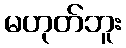
မဟုတ်ဘူး